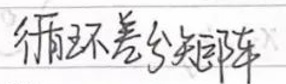
循环差分矩阵